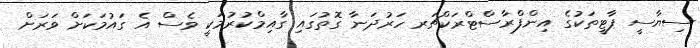
ސިޔާސީ ޕާޓީތަކުގެ އިންފްރާސްޓްރަކްޗަރ ހަރުދަނާ ގޮތުގައި ގާއިމްކުރުމަކީ ވެސް އެ ގައުމަކަށް ވަރަށް